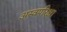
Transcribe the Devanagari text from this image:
अस्वपरिक्षा